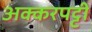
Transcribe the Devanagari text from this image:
अक्करपट्टी